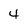
Character: 4